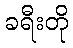
ခရီးတို